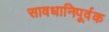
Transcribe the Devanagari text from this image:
सावधानिपूर्वक